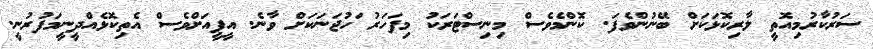
ސަރުކާރުމިއޮތީ ލާރިކޮޅަކަށް ބޭނުންވެފަ. ކޮންމެވެސް މިނިސްޓަރަކު މިފަހަރު ަހުޖަނަކަށް ވާނެ. އީޕީއަށްވެސް އެތިކޮޅެއްދީނީމަފުރުނީ.